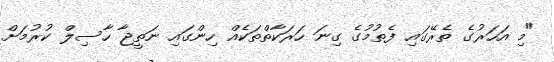
"މި އަހަރުގެ ތެރޭގައި ފެތުމުގެ ގިނަ ހަރަކާތްތަކެއް ހިންގައި ނަތީޖާ ހާސިލް ކުރުމަށް